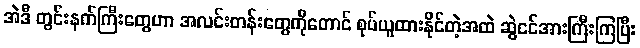
အဲဒီ တွင်းနက်ကြီးတွေဟာ အလင်းတန်းတွေကိုတောင် စုပ်ယူထားနိုင်တဲ့အထဲ ဆွဲငင်အားကြီးကြပြီး